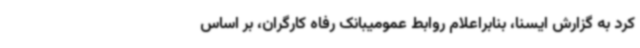
کرد به گزارش ایسنا، بنابراعلام روابط عمومیبانک رفاه کارگران، بر اساس